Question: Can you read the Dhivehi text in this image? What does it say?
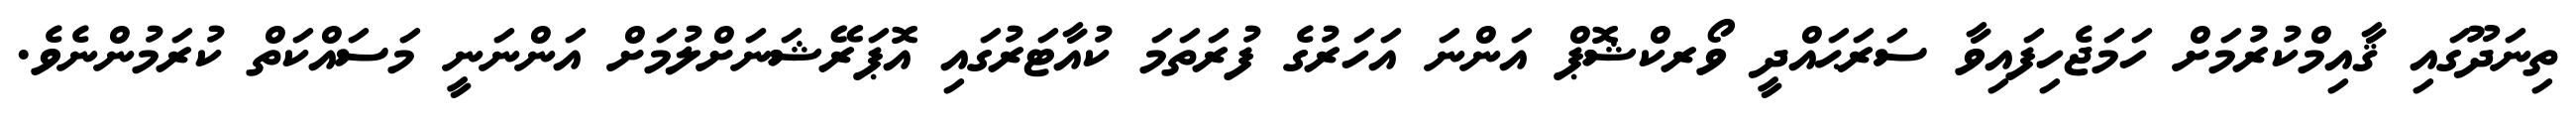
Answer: ތިނަދޫގައި ޤާއިމްކުރުމަށް ހަމަޖެހިފައިވާ ސަރަޙައްދީ ވޯރކްޝޮޕް އަންނަ އަހަރުގެ ފުރަތަމަ ކުއާޓަރުގައި އޮޕަރޭޝަނަށްލުމަށް އަންނަނީ މަސައްކަތް ކުރަމުންނެވެ.